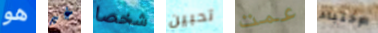
هو غير شخصا تحبين عمت الإختباء